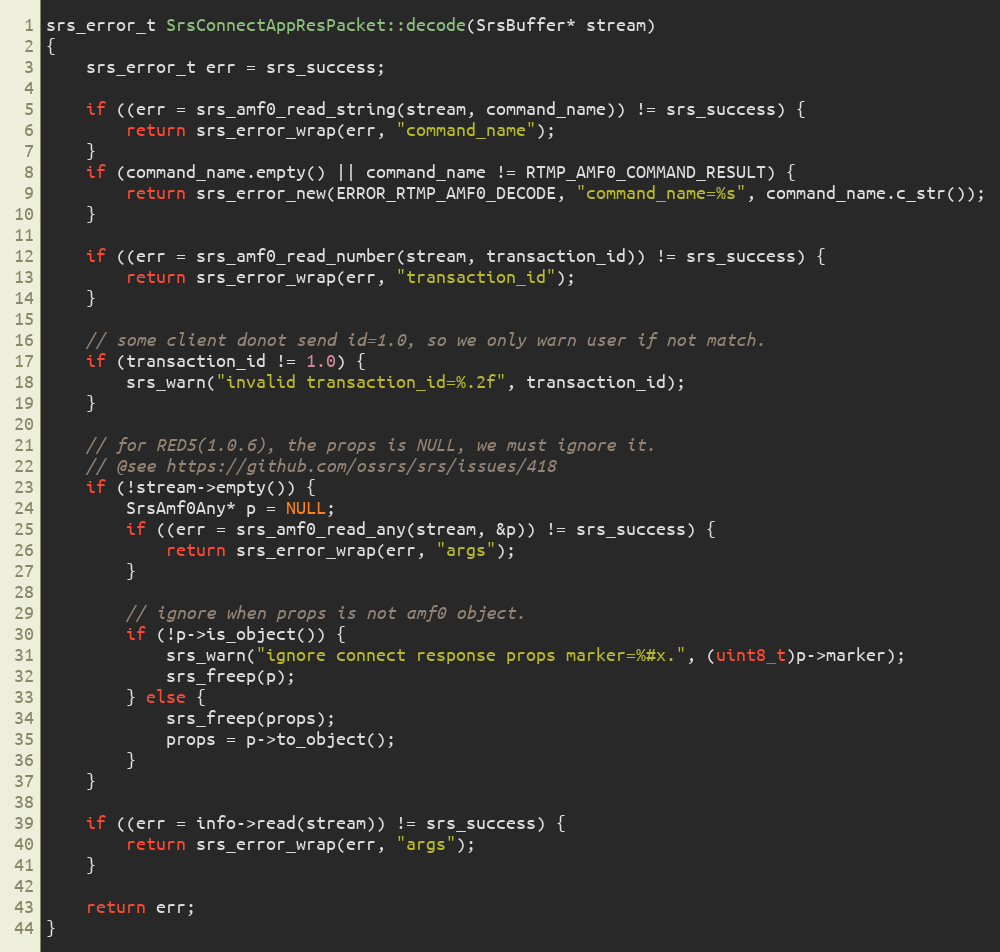
Language: C++
srs_error_t SrsConnectAppResPacket::decode(SrsBuffer* stream)
{
    srs_error_t err = srs_success;

    if ((err = srs_amf0_read_string(stream, command_name)) != srs_success) {
        return srs_error_wrap(err, "command_name");
    }
    if (command_name.empty() || command_name != RTMP_AMF0_COMMAND_RESULT) {
        return srs_error_new(ERROR_RTMP_AMF0_DECODE, "command_name=%s", command_name.c_str());
    }

    if ((err = srs_amf0_read_number(stream, transaction_id)) != srs_success) {
        return srs_error_wrap(err, "transaction_id");
    }

    // some client donot send id=1.0, so we only warn user if not match.
    if (transaction_id != 1.0) {
        srs_warn("invalid transaction_id=%.2f", transaction_id);
    }

    // for RED5(1.0.6), the props is NULL, we must ignore it.
    // @see https://github.com/ossrs/srs/issues/418
    if (!stream->empty()) {
        SrsAmf0Any* p = NULL;
        if ((err = srs_amf0_read_any(stream, &p)) != srs_success) {
            return srs_error_wrap(err, "args");
        }

        // ignore when props is not amf0 object.
        if (!p->is_object()) {
            srs_warn("ignore connect response props marker=%#x.", (uint8_t)p->marker);
            srs_freep(p);
        } else {
            srs_freep(props);
            props = p->to_object();
        }
    }

    if ((err = info->read(stream)) != srs_success) {
        return srs_error_wrap(err, "args");
    }

    return err;
}